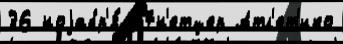
36 ноjабр'я́ 57н'етцер Атл'ет'ико